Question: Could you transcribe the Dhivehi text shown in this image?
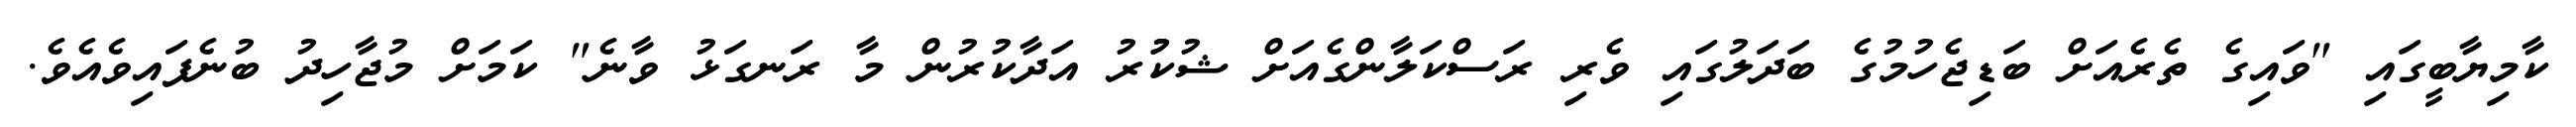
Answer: ކާމިޔާބީގައި "ވައިގެ ތެރެއަށް ބަޑިޖެހުމުގެ ބަދަލުގައި ވެރި ރަސްކަލާންގެއަށް ޝުކުުރު އަދާކުރުން މާ ރަނގަޅު ވާނެ" ކަމަށް މުޖާހިދު ބުނެފައިވެއެވެ.